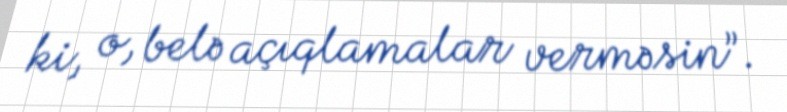
ki, o, belə açıqlamalar verməsin”.